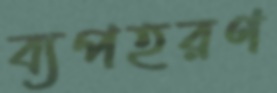
ব্যপহরণ